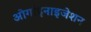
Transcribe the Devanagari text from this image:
ओर्गाइनाइजेशन